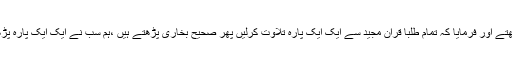
سب سے پوچھتے ،اسی طرح مسواک کا پوچھتے اور فرمایا کہ تمام طلبا قرآن مجید سے ایک ایک پارہ تلاوت کرلیں پھر صحیح بخاری پڑھتے ہیں ،ہم سب نے ایک ایک پارہ پڑھا اور بابا جی نے بھی مکمل ایک پارہ پڑھا ۔